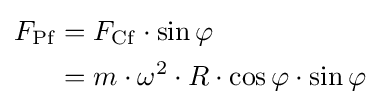
{\begin{aligned}F_{\mathrm {Pf} }&=F_{\mathrm {Cf} }\cdot \sin \varphi \\&=m\cdot \omega ^{2}\cdot R\cdot \cos \varphi \cdot \sin \varphi \end{aligned}}